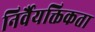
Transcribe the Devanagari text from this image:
निर्वैयक्तिकता